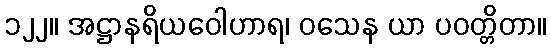
၁၂၂။ အဋ္ဌာနရိယဝေါဟာရ၊ ဝသေန ယာ ပဝတ္တိတာ။